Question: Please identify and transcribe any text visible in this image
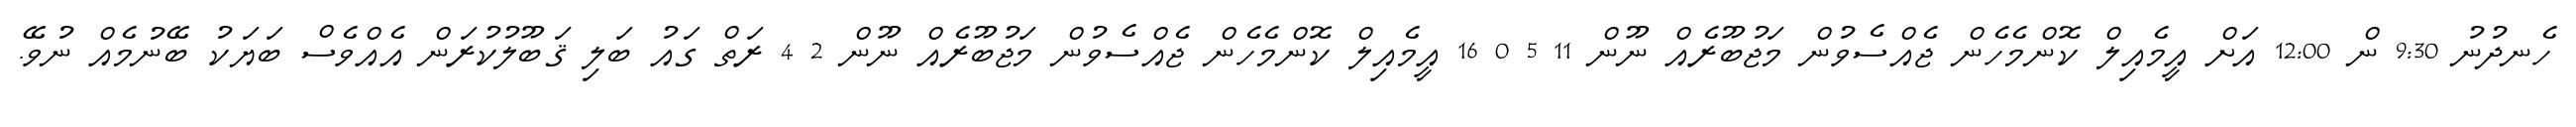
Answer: ހެނދުނު 9:30 ން 12:00 އަށް އީމެއިލް ކޮންމެހެން ޖެއްސެވުން މަޖުބޫރެއް ނޫން 11 5 0 16 އީމެއިލް ކޮންމެހެން ޖެއްސެވުން މަޖުބޫރެއް ނޫން 2 4 ރަތް ގައު ބަލި ޤަބޫލުކުރަން އެއްވެސް ބަޔަކު ބޭނުމެއް ނުވޭ.